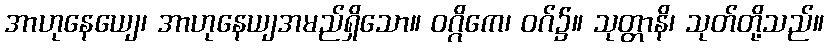
အာဟုနေယျေ၊ အာဟုနေယျအမည်ရှိသော။ ဝဂ္ဂိကေ၊ ဝဂ်၌။ သုတ္တာနိ၊ သုတ်တို့သည်။